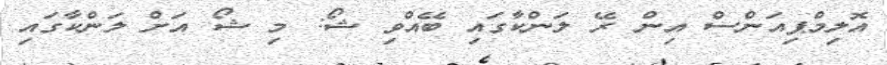
އޮލިމްޕިއަންސް އިން ރޭ ލަންކާގައި ބޭއްވި ޝޯ: މި ޝޯ އަށް ލަންކާގައި